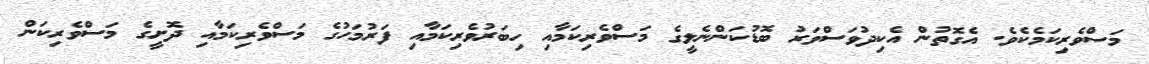
މަސްވެރިކަމެކެވެ. އެގޮތުން އެކިދުވަސްވަރު ބޮޑުކަންނެލީގެ މަސްވެރިކަމާއި ހިބަރުވެރިކަމާއި ފަރުމަހުގެ މަސްވެރިކަމާއި ދޮށީގެ މަސްވެރިކަން